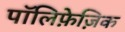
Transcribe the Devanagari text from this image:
पॉलिफ़ेज़िक